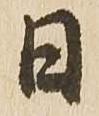
日